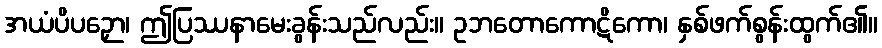
အယံပိပဉှော၊ ဤပြဿနာမေးခွန်းသည်လည်း။ ဥဘတောကောဋိကော၊ နှစ်ဖက်စွန်းထွက်၏။